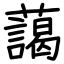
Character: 藹